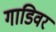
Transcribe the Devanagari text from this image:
गाडिवर